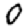
Digit: 0